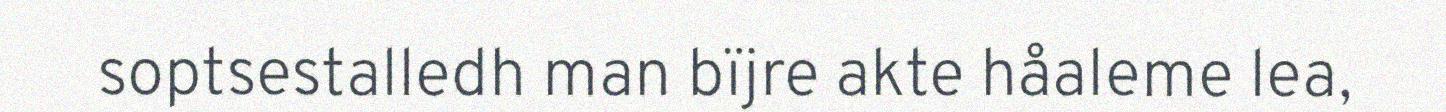
soptsestalledh man bïjre akte håaleme lea,